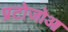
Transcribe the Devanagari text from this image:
प्रटोजोआ